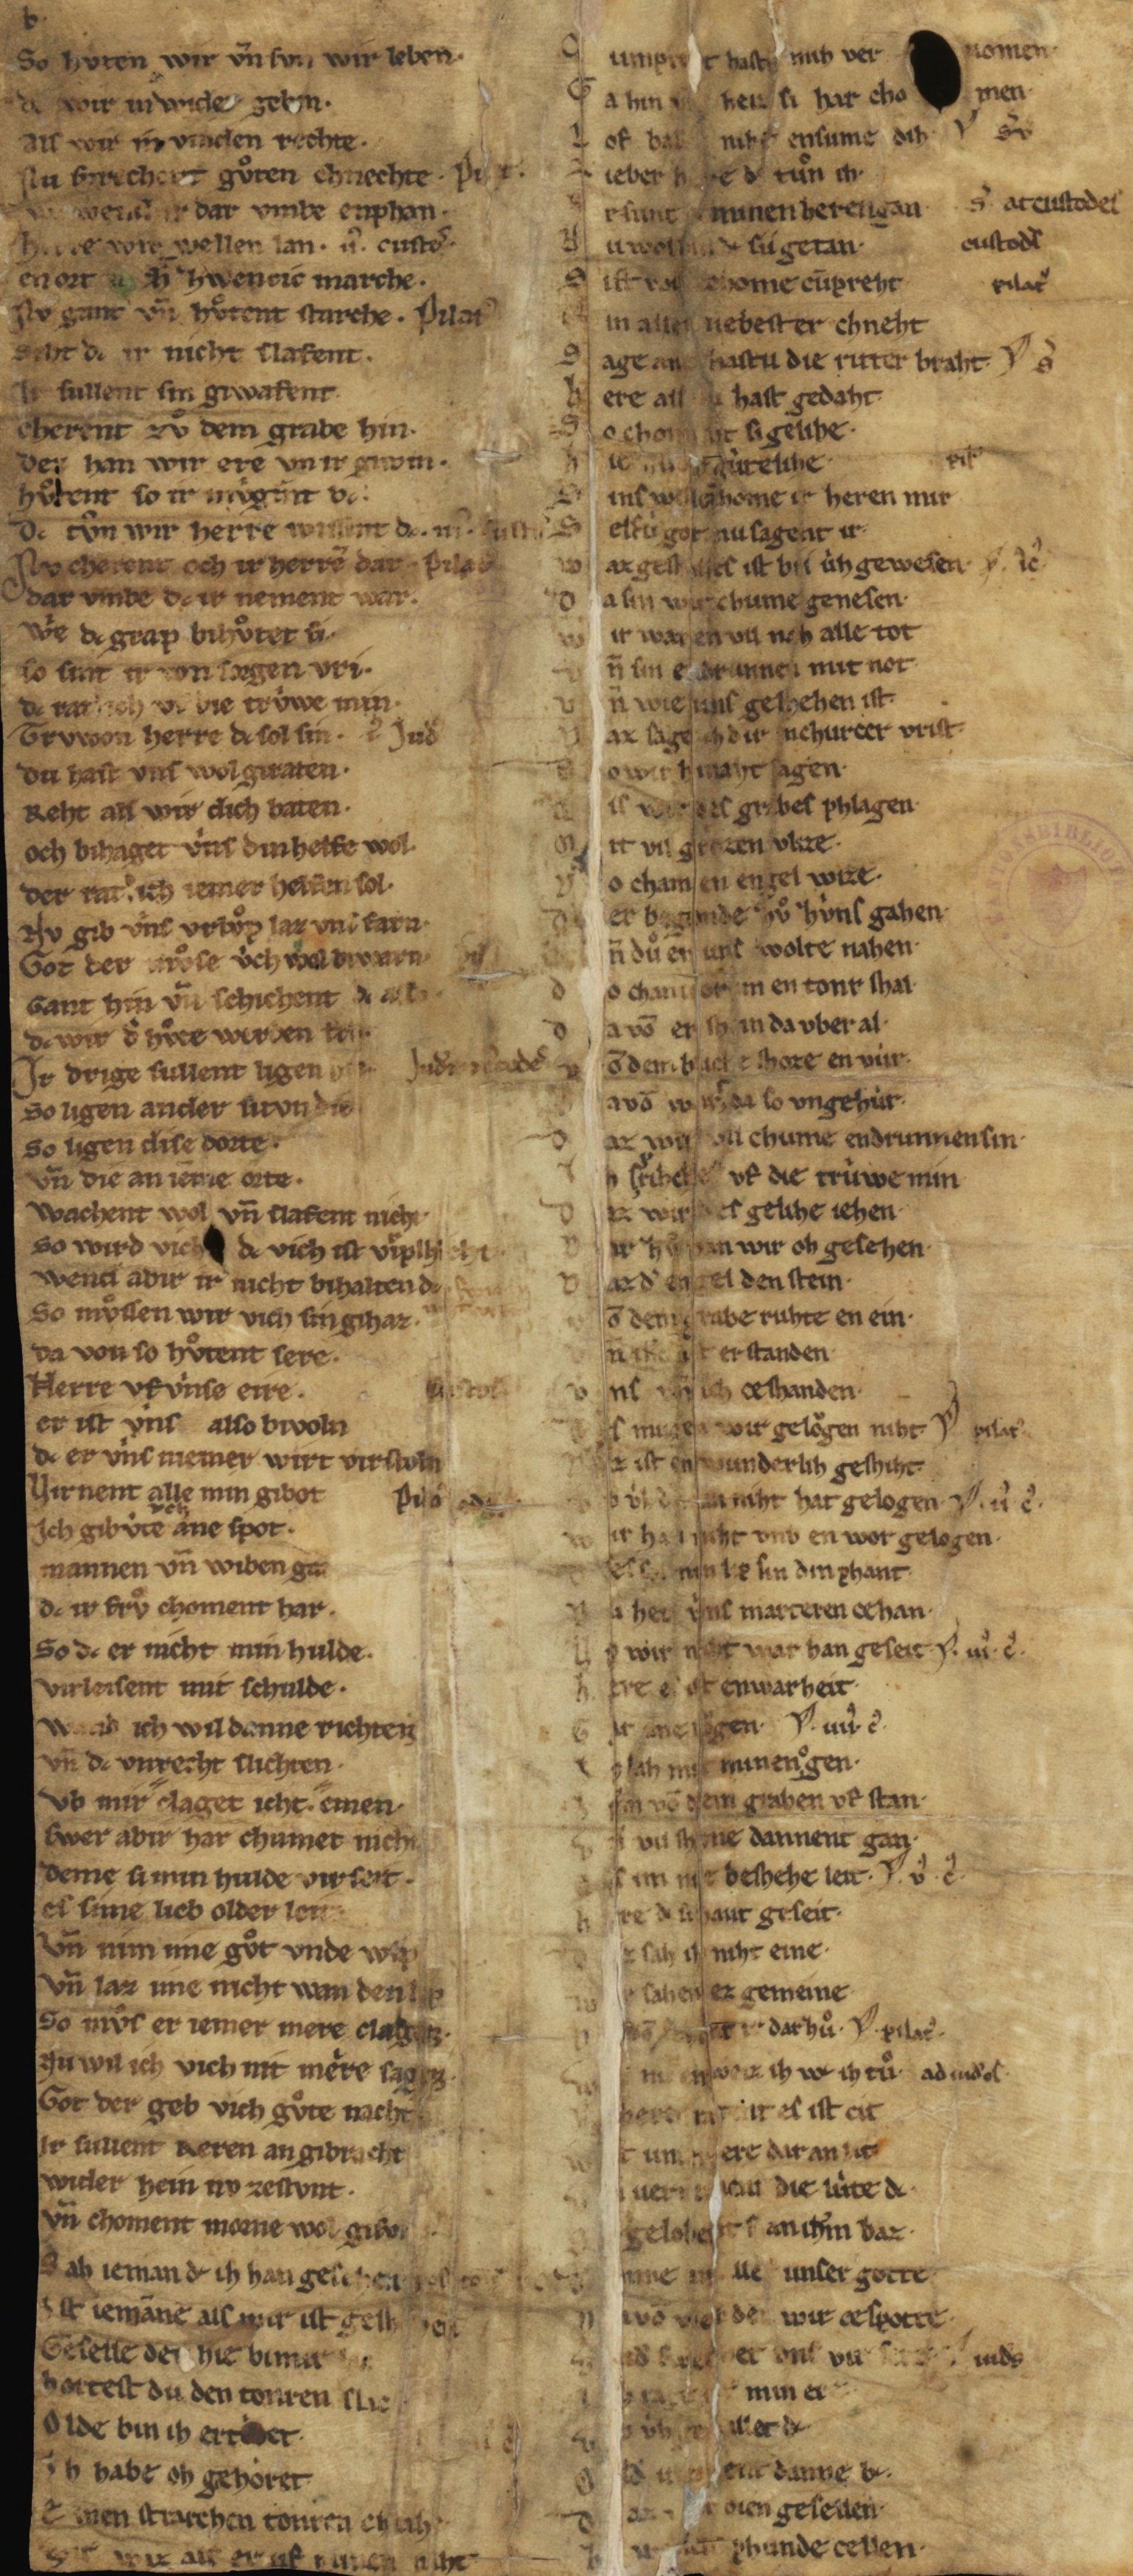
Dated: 1235–1265